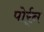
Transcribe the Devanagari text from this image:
पोर्र्न